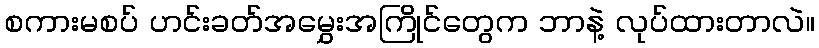
စကားမစပ် ဟင်းခတ်အမွှေးအကြိုင်တွေက ဘာနဲ့ လုပ်ထားတာလဲ။